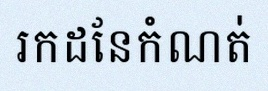
រកដែនកំណត់